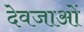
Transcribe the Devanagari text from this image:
देवजाओं